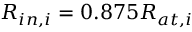
R _ { i n , i } = 0 . 8 7 5 R _ { a t , i }